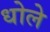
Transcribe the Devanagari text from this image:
धोले